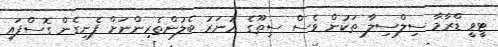
ޓީވީ ޑްރާމާ ސިލްސިލާ ތަކުން ވެސް ސިތޫގެ ހުނަރު ބެލުންތެރިންނަށް ފެނިގެން ގޮސްފައި